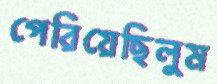
পেরিয়েছিলুম